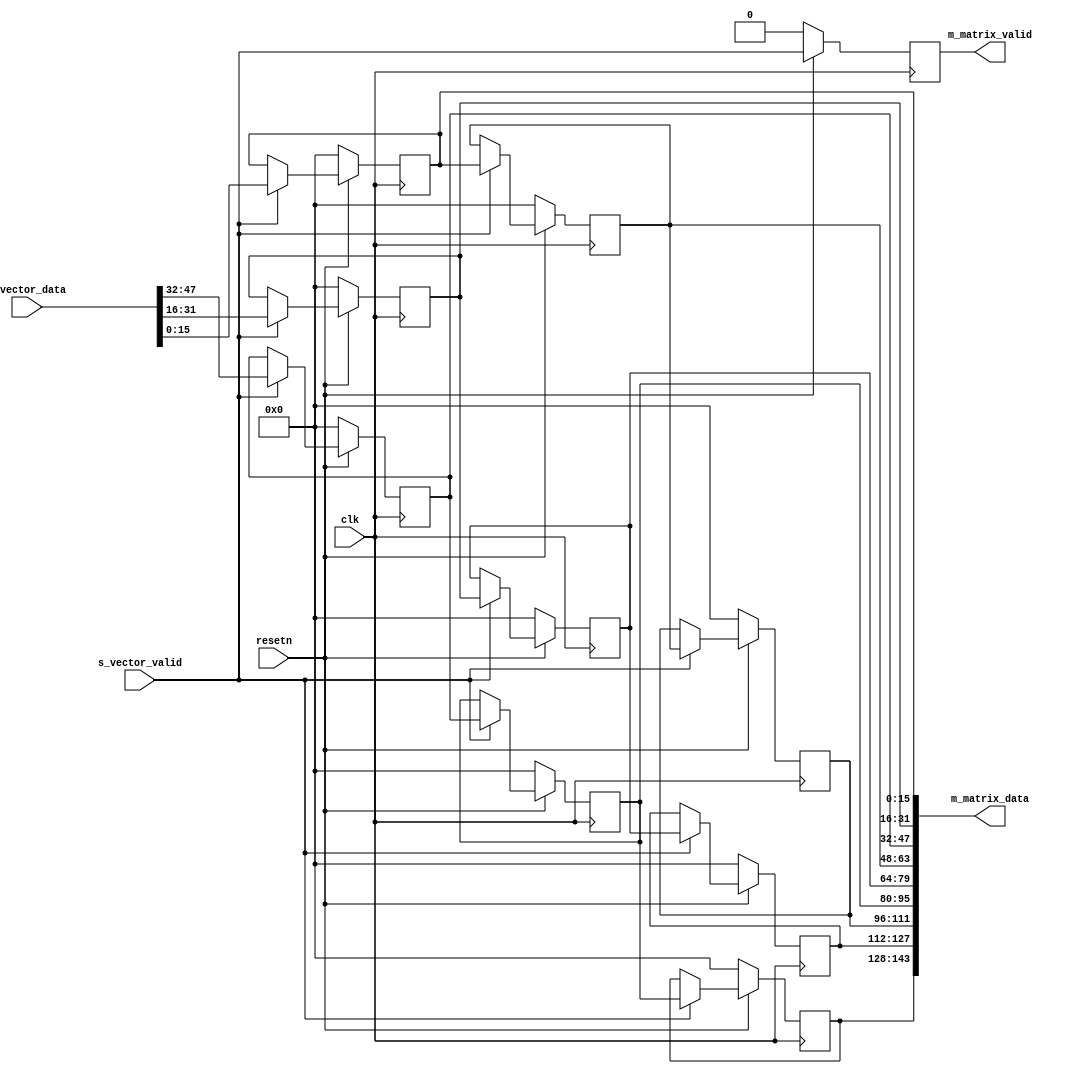
//! NNNxN

module vector_to_matrix #(
    parameter reg [10:0] IMAGE_WIDTH = 1280,  //! 
    parameter integer DATA_WIDTH = 16,  //! 
    parameter integer VECTOR_SIZE = 3  //! 

) (
    input clk,    //!  
    input resetn, //! 

    input [VECTOR_SIZE*DATA_WIDTH-1:0] s_vector_data,  //!  
    input                              s_vector_valid, //! 

    output [VECTOR_SIZE*VECTOR_SIZE*DATA_WIDTH-1:0] m_matrix_data,  //! 
    output                                          m_matrix_valid  //! 
);


  wire [DATA_WIDTH-1:0] vector  [VECTOR_SIZE-1:0];
  reg  [DATA_WIDTH-1:0] mat     [VECTOR_SIZE-1:0] [VECTOR_SIZE-1:0];
  reg                   valid_d;

  //! valid
  always @(posedge clk) begin : valid_filpflop
    if (~resetn) begin
      valid_d <= 0;
    end else begin
      valid_d <= s_vector_valid;
    end
  end

  genvar i, j;

  //!  s_vector_data  vector
  generate
    for (i = 0; i < VECTOR_SIZE; i = i + 1) begin : g_convert_data_to_vector
      assign vector[i] = s_vector_data[i*DATA_WIDTH +: DATA_WIDTH];
    end
  endgenerate

  //---  ---//
  generate
    for (i = 0; i < VECTOR_SIZE; i = i + 1) begin : g_flipflop_vector_to_mat_row
      for (j = 0; j < VECTOR_SIZE; j = j + 1) begin : g_flipflop_vector_to_mat_col
        if (i == 0) begin : g_flipflop_vector_to_mat_first_row
          always @(posedge clk) begin
            if (~resetn) begin
              mat[i][j] <= 0;
            end else if (s_vector_valid) begin
              mat[i][j] <= vector[j];
            end else begin
              mat[i][j] <= mat[i][j];
            end
          end
        end else begin : g_flipflop_vector_to_mat_others_row
          always @(posedge clk) begin
            if (~resetn) begin
              mat[i][j] <= 0;
            end else if (s_vector_valid) begin
              mat[i][j] <= mat[i-1][j];
            end else begin
              mat[i][j] <= mat[i][j];
            end
          end
        end
      end
    end
  endgenerate

  //   
  generate
    for (i = 0; i < VECTOR_SIZE; i = i + 1) begin : g_mat_to_data_row
      for (j = 0; j < VECTOR_SIZE; j = j + 1) begin : g_mat_to_data_col
        assign m_matrix_data[(i*VECTOR_SIZE+j)*DATA_WIDTH +: DATA_WIDTH] = mat[i][j];
      end
    end
  endgenerate

  assign m_matrix_valid = valid_d;


endmodule